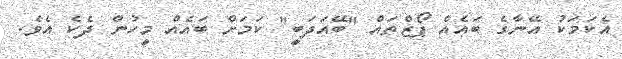
އެކަމަކު އޭނާގެ ބައެއް ޕޯޒްތައް "ބޭއަދަބީ" ކަމަށް ބައެއް މީހުން ދެކެ އެވެ.